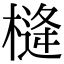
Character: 𪳖